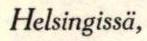
Helsingissä,